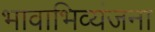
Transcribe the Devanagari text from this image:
भावाभिव्यंजना